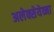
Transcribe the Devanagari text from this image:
अलेक्सेयेव्ना